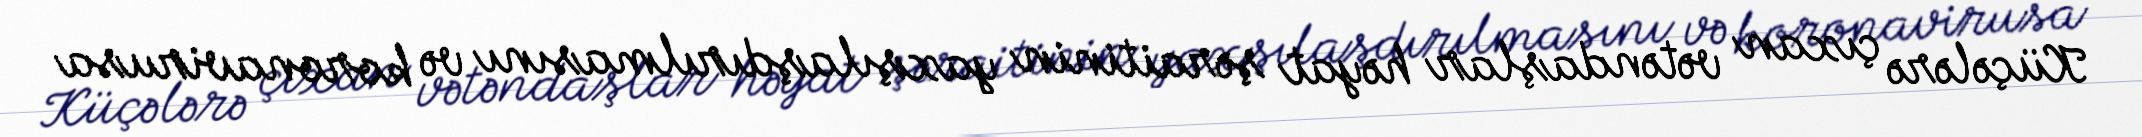
Küçələrə çıxan vətəndaşlar həyat şəraitinin yaxşılaşdırılmasını və koronavirusa